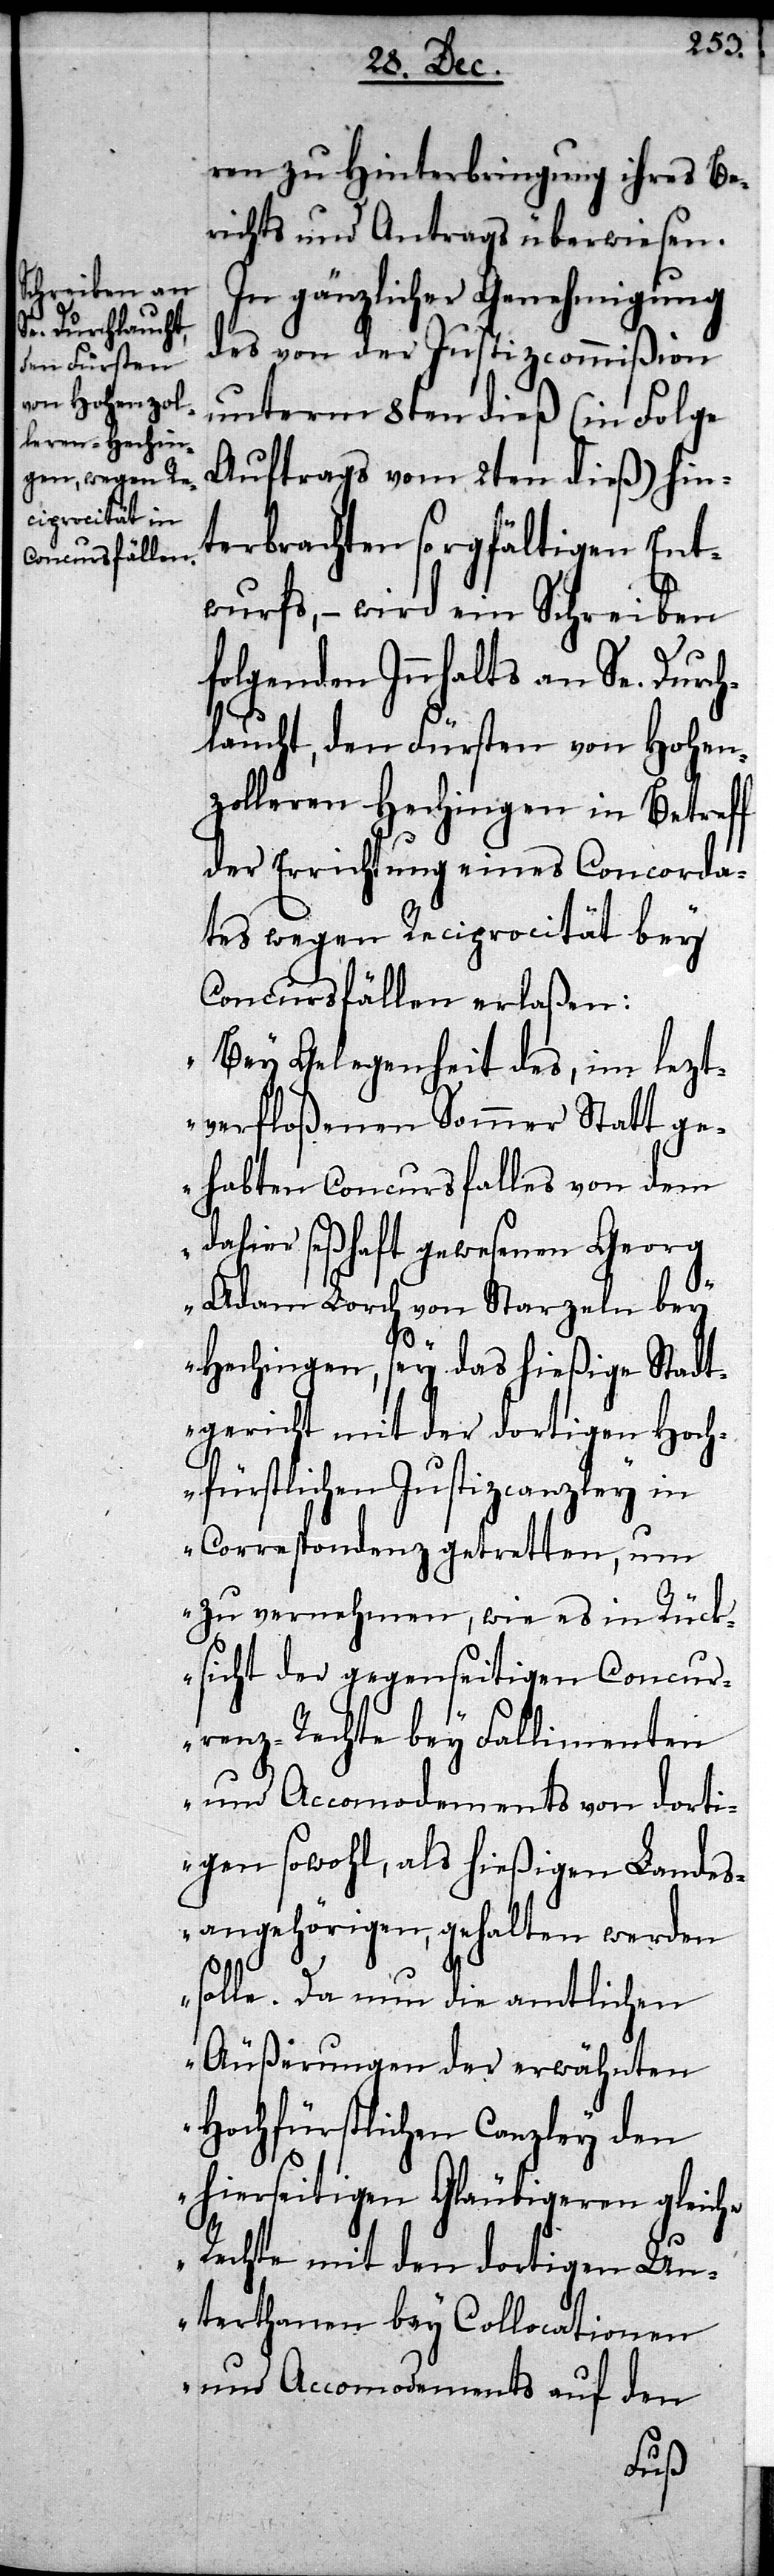
ren zu Hinterbringung ihres Be¬
richts und Antrags überwiesen.
In gänzlicher Genehmigung
des von der Justizcommißion
unterm 8ten dieß (in Folge
Auftrags vom 2ten dieß) hin¬
terbrachten sorgfältigen Ent¬
wurfs, – wird ein Schreiben
folgenden Innhalts an Se. Durc¬
hlaucht, den Fürsten von Hohen¬
zolleren-Hechingen in Betreff
der Errichtung eines Concorda¬
tes wegen Reciprocität bey
Concursfällen erlaßen:
„Bey Gelegenheit des, im lezt¬
verfloßenen Sommer Statt ge¬
habten Concursfalles von dem
dahier seßhaft gewesenen Georg
Adam Lorch von Starzeln bey
Hechingen, sey das hießige Stadt¬
gericht mit der dortigen Hoch¬
fürstlichen Justizcanzley in
Correspondenz getretten, um
zu vernehmen, wie es in Rüc¬
ksicht der gegenseitigen Concur¬
renz-Rechte bey Fallimenten
und Accomodements von dorti¬
gen sowohl, als hießigen Landes¬
angehörigen, gehalten werden
solle. Da nun die amtlichen
Äußerungen der erwähnten
Hochfürstlichen Canzley den
hierseitigen Gläubigeren gleiche
Rechte mit den dortigen Un¬
terthanen bey Collocationen
und Accomodements auf den